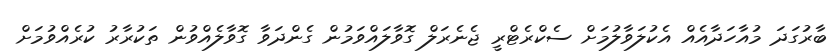
ބާރުގަދަ މުއާހަދާއެއް އެކުލަވާލުމަށް ސެކްރެޓްރީ ޖެނެރަލް ގޮވާލައްވަމުން ގެންދަވާ ގޮވާލެއްވުން ތަކުރާރު ކުރެއްވުމަށް